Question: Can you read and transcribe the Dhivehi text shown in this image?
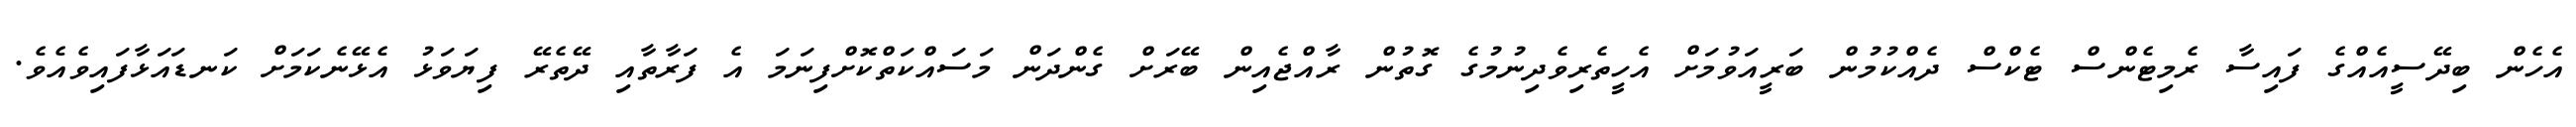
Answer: އެހެން ބިދޭސީއެއްގެ ފައިސާ ރެމިޓެންސް ޓެކްސް ދެއްކުމުން ބަރީއަވުމަށް އެހީތެރިވެދިނުމުގެ ގޮތުން ރާއްޖެއިން ބޭރަށް ގެންދަން މަސައްކަތްކޮށްފިނަމަ އެ ފަރާތާއި ދޭތެރޭ ފިޔަވަޅު އެޅޭނެކަމަށް ކަނޑައަޅާފައިވެއެވެ.